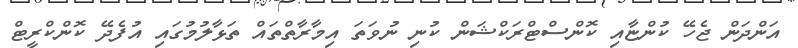
އަންދަން ޖެހޭ ކުންޏާއި ކޮންސްޓްރަކްޝަން ކުނި ނުވަތަ އިމާރާތްތައް ތަޅާލުމުގައި އުފެދޭ ކޮންކްރީޓް